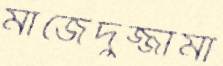
মাজেদুজ্জামা